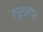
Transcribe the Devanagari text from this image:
श्रृङगार